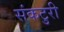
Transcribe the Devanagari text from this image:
संकटुरी